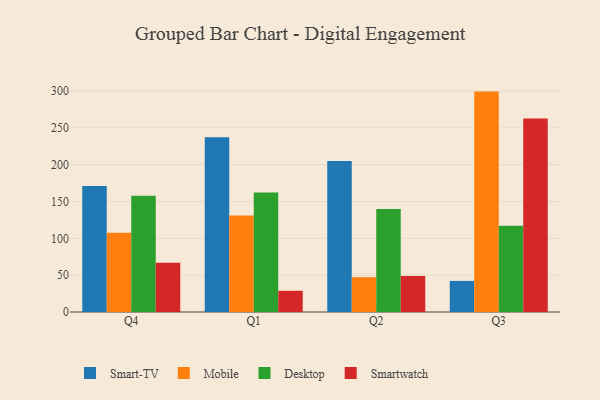
{"axis": {"x": "Quarter", "y": "Gross Profit (USD K)"}, "legend": ["Desktop", "Mobile", "Smart-TV", "Smartwatch"], "data": [{"x": "Q4", "y": 170.9, "type": "Smart-TV"}, {"x": "Q4", "y": 107.7, "type": "Mobile"}, {"x": "Q4", "y": 157.9, "type": "Desktop"}, {"x": "Q4", "y": 66.8, "type": "Smartwatch"}, {"x": "Q1", "y": 237.3, "type": "Smart-TV"}, {"x": "Q1", "y": 131.0, "type": "Mobile"}, {"x": "Q1", "y": 162.2, "type": "Desktop"}, {"x": "Q1", "y": 28.8, "type": "Smartwatch"}, {"x": "Q2", "y": 205.0, "type": "Smart-TV"}, {"x": "Q2", "y": 47.3, "type": "Mobile"}, {"x": "Q2", "y": 139.8, "type": "Desktop"}, {"x": "Q2", "y": 48.9, "type": "Smartwatch"}, {"x": "Q3", "y": 42.2, "type": "Smart-TV"}, {"x": "Q3", "y": 299.2, "type": "Mobile"}, {"x": "Q3", "y": 117.1, "type": "Desktop"}, {"x": "Q3", "y": 262.6, "type": "Smartwatch"}]}